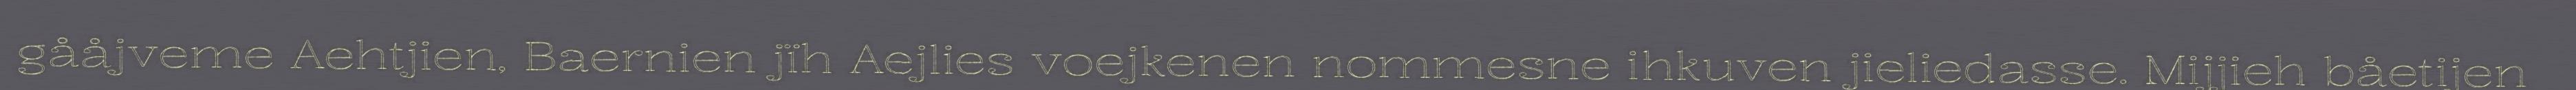
gååjveme Aehtjien, Baernien jïh Aejlies voejkenen nommesne ihkuven jieliedasse. Mijjieh båetijen